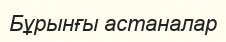
Бұрынғы астаналар